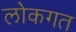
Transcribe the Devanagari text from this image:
लोकगत